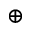
\oplus